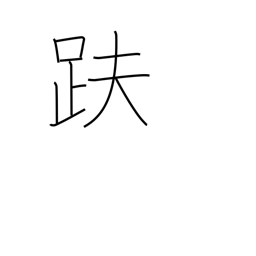
Meaning: sitting in the lotus position